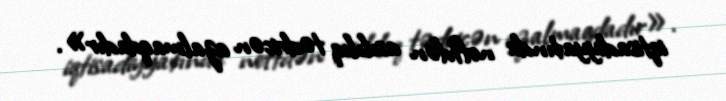
iqtisadiyyatında neftdən asılılıq tədricən azalmaqdadır».